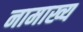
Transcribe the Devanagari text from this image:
नामाख्य